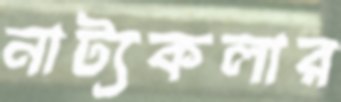
নাট্যকলার